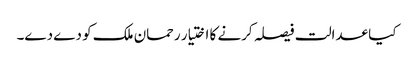
کیا عدالت فیصلہ کرنے کا اختیار رحمان ملک کو دے دے۔